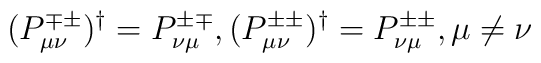
(P^{\mp\pm}_{\mu\nu})^\dag=P^{\pm\mp}_{\nu\mu},    (P^{\pm\pm}_{\mu\nu})^\dag=P^{\pm\pm}_{\nu\mu}, \mu\neq\nu